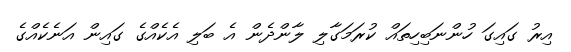
އިރު ގައިގަ ހުންނަބިހިތައް ކުރަމަގާލި ލާންދެން އެ ބަލި އެކެއްގެ ގައިން އަނެކެއްގެ